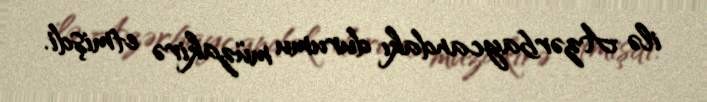
ilə Azərbaycandakı durumu müzakirə etmişdi.